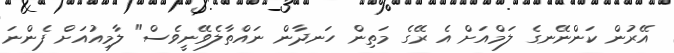
އޭރުން ކަންނޭނގެ ލަމްއަށް އެ ރޭގެ މަތިން ހަނދާން ނައްތާލެވޭނީވެސް" ލާމިއުއަށް ފެންނަ